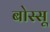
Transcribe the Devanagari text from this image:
बोस्सू